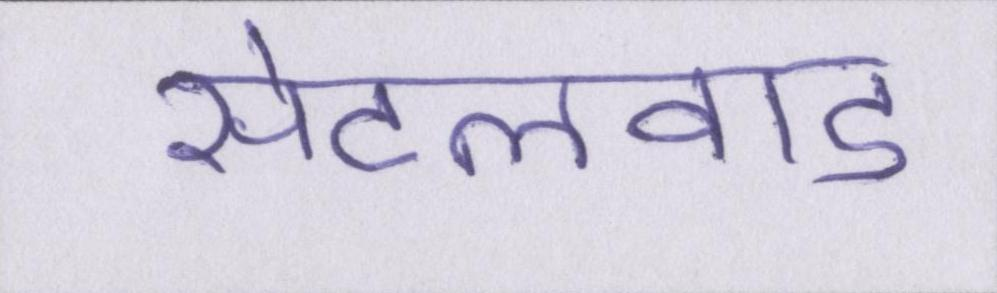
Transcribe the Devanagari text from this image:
सेटलवाड